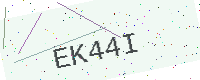
Text: EK44I